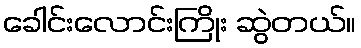
ခေါင်းလောင်းကြိုး ဆွဲတယ်။